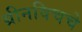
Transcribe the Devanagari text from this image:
ग्रीनविचचे